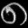
Digit: ၈